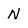
Character: N